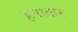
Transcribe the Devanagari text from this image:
हताकर